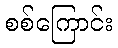
စစ်ကြောင်း